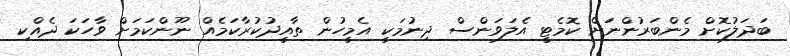
ބަދަލުކޮށް މެންބަރުންނަށް ކޮމެޓީ އެލަވަންސް ދިނުމަކީ އެމީހުން ތާއީދުކުރާކަމެއް ނޫންކަމަށް ވާހަކަ ދެއްކި